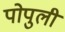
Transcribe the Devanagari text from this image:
पोपुली